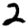
Digit: 2